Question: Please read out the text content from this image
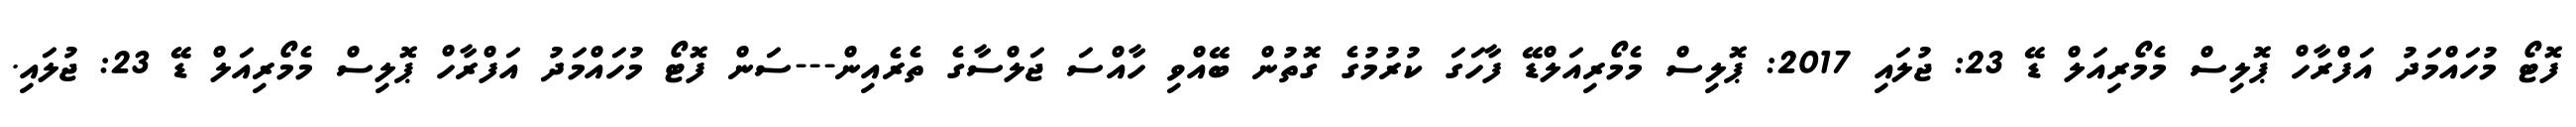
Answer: ފޮޓޯ މުހައްމަދު އަފްރާހް ޕޮލިސް މެމޯރިއަލް ޑޭ 23: ޖުލައި 2017: ޕޮލިސް މެމޯރިއަލްޑޭ ފާހަގަ ކުރުމުގެ ގޮތުން ބޭއްވި ހާއްސަ ޖަލްސާގެ ތެރެއިން---ސަން ފޮޓޯ މުހައްމަދު އަފްރާހް ޕޮލިސް މެމޯރިއަލް ޑޭ 23: ޖުލައި.